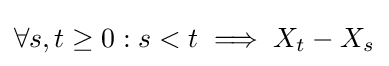
\forall s,t\geq 0:s<t\implies X_{t}-X_{s}